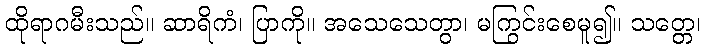
ထိုရာဂမီးသည်။ ဆာရိကံ၊ ပြာကို။ အသေသေတွာ၊ မကြွင်းစေမူ၍။ သတ္တေ၊